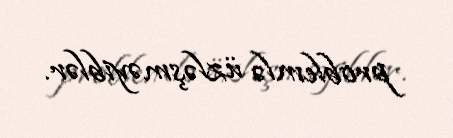
problemlə üzləşməyiblər.